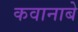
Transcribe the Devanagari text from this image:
कवानाबे